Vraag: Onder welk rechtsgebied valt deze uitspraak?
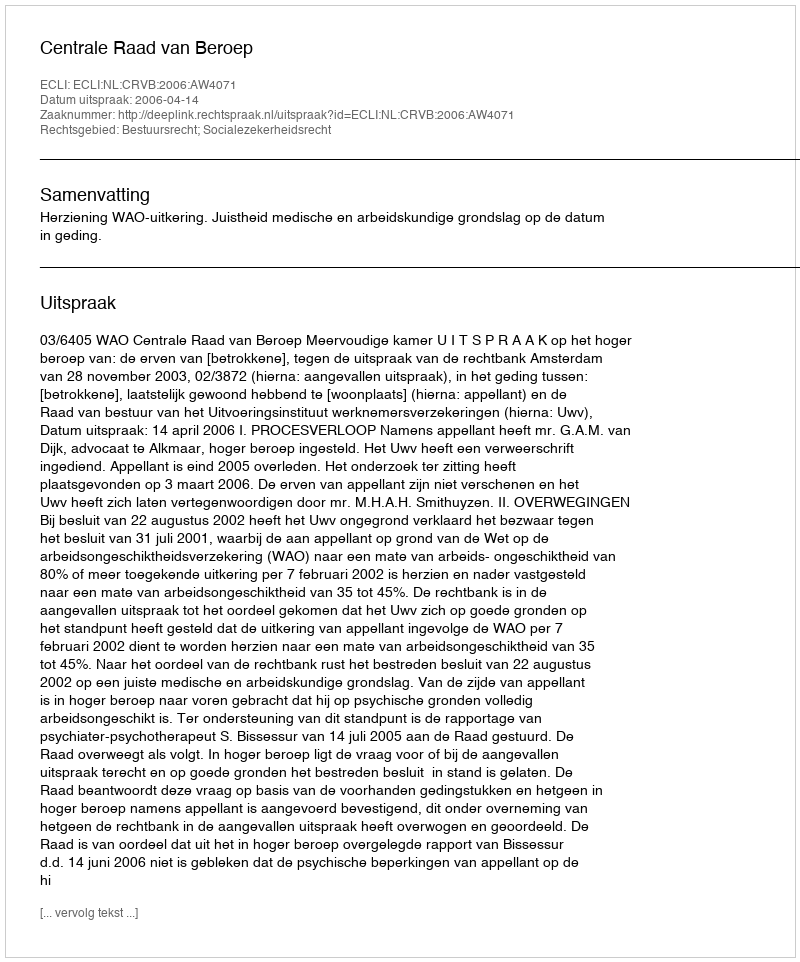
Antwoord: Bestuursrecht; Socialezekerheidsrecht